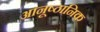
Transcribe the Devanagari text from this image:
आनूष्ठानिक